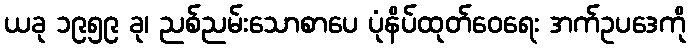
ယခု ၁၉၅၉ ခု၊ ညစ်ညမ်းသောစာပေ ပုံနိပ်ထုတ်ဝေရေး အက်ဥပဒေကို